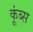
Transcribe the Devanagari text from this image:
कूंब्स